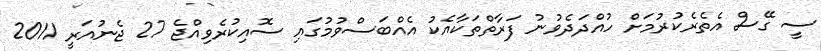
ސީ ގޭސް އެތެރެކުރުމަށް ހުއްދަދެވުނު ފަރާތްތަކާއެކު އެއްބަސްވުމުގައި ސޮއިކުރެވިއްޖެ 27 ޖެނުއަރީ 2011